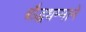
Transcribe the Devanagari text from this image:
बौद्धधम्माने